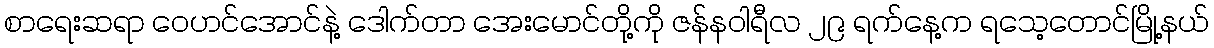
စာရေးဆရာ ဝေဟင်အောင်နဲ့ ဒေါက်တာ အေးမောင်တို့ကို ဇန်နဝါရီလ ၂၉ ရက်နေ့က ရသေ့တောင်မြို့နယ်